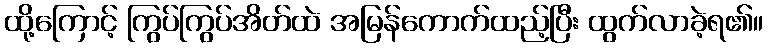
ထို့ကြောင့် ကြွပ်ကြွပ်အိတ်ထဲ အမြန်ကောက်ထည့်ပြီး ထွက်လာခဲ့ရ၏။